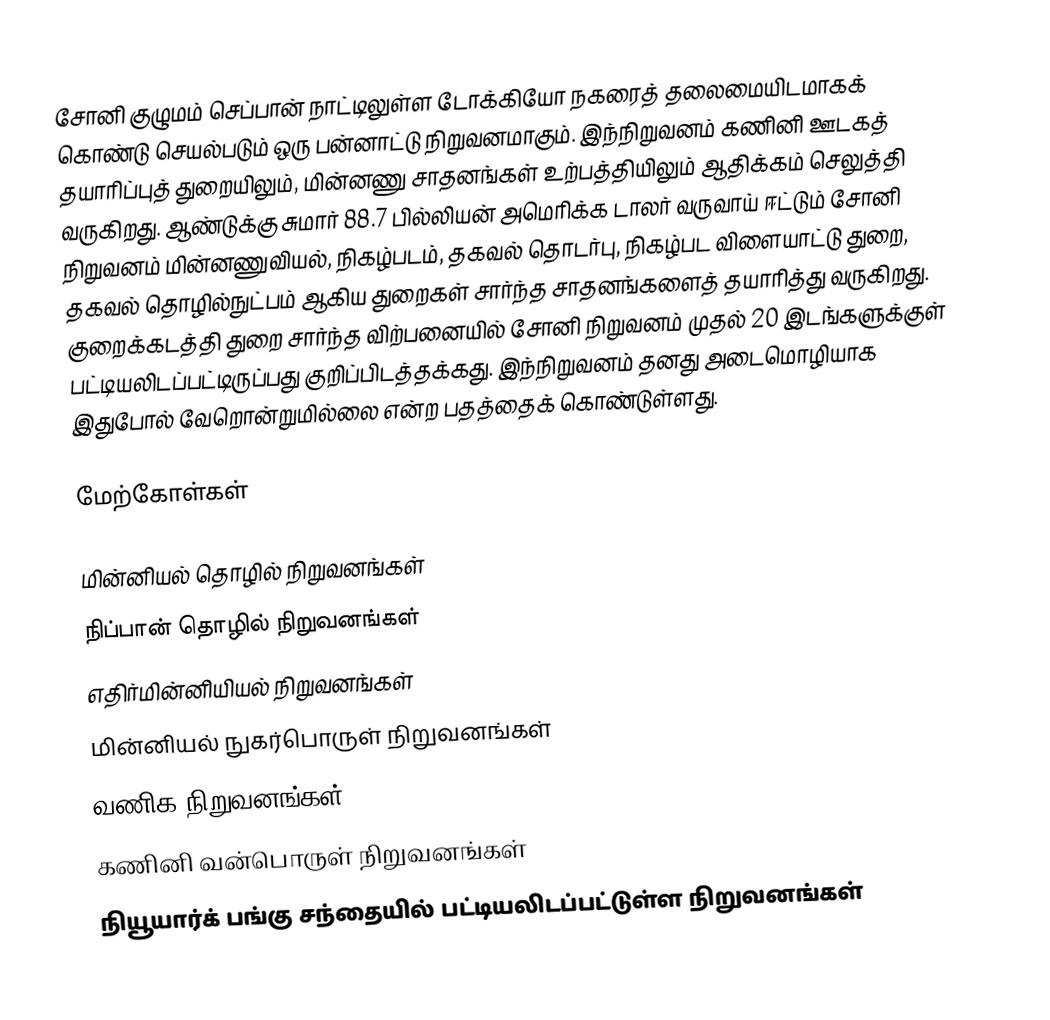
சோனி குழுமம் செப்பான் நாட்டிலுள்ள டோக்கியோ நகரைத் தலைமையிடமாகக் கொண்டு செயல்படும் ஒரு பன்னாட்டு நிறுவனமாகும். இந்நிறுவனம் கணினி ஊடகத் தயாரிப்புத் துறையிலும், மின்னணு சாதனங்கள் உற்பத்தியிலும் ஆதிக்கம் செலுத்தி வருகிறது. ஆண்டுக்கு சுமார் 88.7 பில்லியன் அமெரிக்க டாலர் வருவாய் ஈட்டும் சோனி நிறுவனம் மின்னணுவியல், நிகழ்படம், தகவல் தொடர்பு, நிகழ்பட விளையாட்டு துறை, தகவல் தொழில்நுட்பம் ஆகிய துறைகள் சார்ந்த சாதனங்களைத் தயாரித்து வருகிறது. குறைக்கடத்தி துறை சார்ந்த விற்பனையில் சோனி நிறுவனம் முதல் 20 இடங்களுக்குள் பட்டியலிடப்பட்டிருப்பது குறிப்பிடத்தக்கது. இந்நிறுவனம் தனது அடைமொழியாக இதுபோல் வேறொன்றுமில்லை என்ற பதத்தைக் கொண்டுள்ளது.

மேற்கோள்கள்

மின்னியல் தொழில் நிறுவனங்கள்
நிப்பான் தொழில் நிறுவனங்கள்
எதிர்மின்னியியல் நிறுவனங்கள்
மின்னியல் நுகர்பொருள் நிறுவனங்கள்
வணிக நிறுவனங்கள்
கணினி வன்பொருள் நிறுவனங்கள்
நியூயார்க் பங்கு சந்தையில் பட்டியலிடப்பட்டுள்ள நிறுவனங்கள்